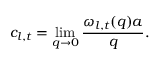
c _ { l , t } = \operatorname* { l i m } _ { q \rightarrow 0 } \frac { \omega _ { l , t } ( q ) a } { q } .